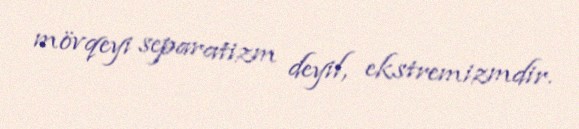
mövqeyi separatizm deyil, ekstremizmdir.